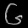
Digit: ၆